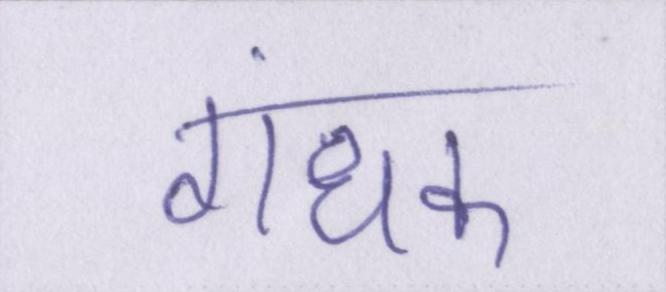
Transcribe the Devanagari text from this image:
गंधक